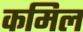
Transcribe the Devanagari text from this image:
कमिल